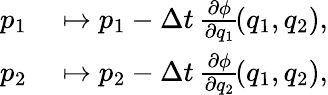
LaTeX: \begin{array}{rl}{p_{1}}&{{}\mapsto p_{1}-\Delta t\, \frac{\partial\phi}{\partial q_{1}}\! \left(q_{1},q_{2}\right),}\\ {p_{2}}&{{}\mapsto p_{2}-\Delta t\, \frac{\partial\phi}{\partial q_{2}}\! \left(q_{1},q_{2}\right),}\end{array}